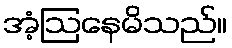
အံ့ဩနေမိသည်။